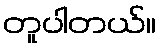
တူပါတယ်။